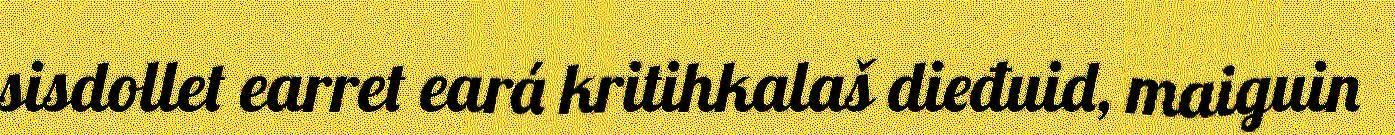
sisdollet earret eará kritihkalaš dieđuid, maiguin